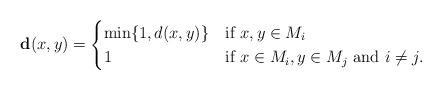
LaTeX: \begin{align*}\textbf{d}(x,y)= \begin{cases} \min\{1,d(x,y)\} & \mbox{if }x,y\in M_{i} \\ 1 & \mbox{if }x\in M_{i}, y\in M_{j} \mbox{ and }i\neq j. \\ \end{cases} \end{align*}